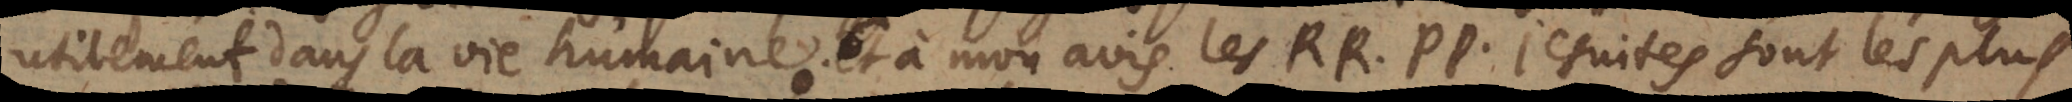
utilement dans la vie humaine. Et à mon avis les RR. PP. Jesuites sont les plus